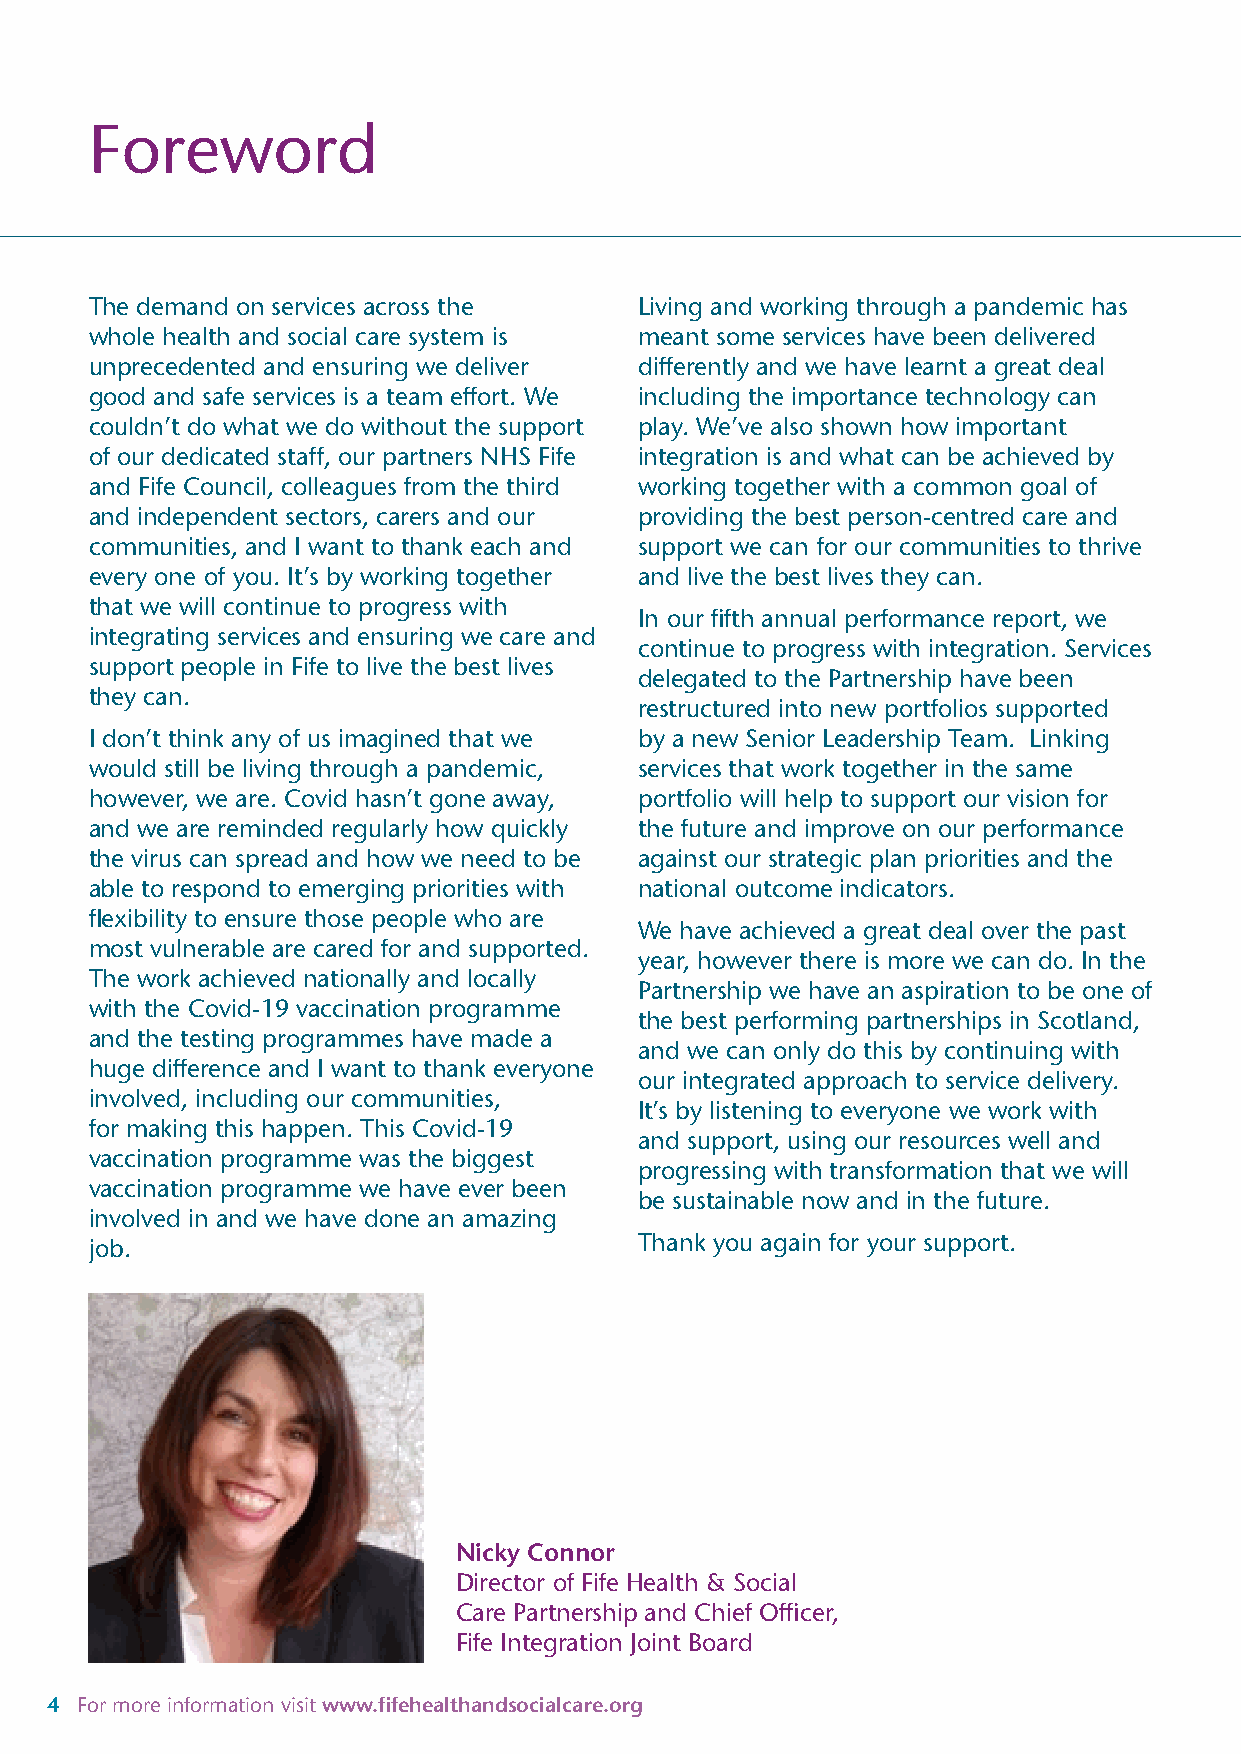
Foreword
 The demand on services across the   Living and working through a pandemic has
 whole health and social care system is meant some services have been delivered
 unprecedented and ensuring we deliver differently and we have learnt a great deal
 good and safe services is a team effort. We including the importance technology can
 couldn’t do what we do without the support play. We’ve also shown how important
 of our dedicated staff, our partners NHS Fife integration is and what can be achieved by
 and Fife Council, colleagues from the third working together with a common goal of
 and independent sectors, carers and our providing the best person-centred care and
 communities, and I want to thank each and support we can for our communities to thrive
 every one of you. It’s by working together and live the best lives they can.
 that we will continue to progress with
 In our fifth annual performance report, we
 integrating services and ensuring we care and
 continue to progress with integration. Services
 support people in Fife to live the best lives
 delegated to the Partnership have been
 they can.
 restructured into new portfolios supported
 I don’t think any of us imagined that we by a new Senior Leadership Team. Linking
 would still be living through a pandemic, services that work together in the same
 however, we are. Covid hasn’t gone away, portfolio will help to support our vision for
 and we are reminded regularly how quickly the future and improve on our performance
 the virus can spread and how we need to be against our strategic plan priorities and the
 able to respond to emerging priorities with national outcome indicators.
 flexibility to ensure those people who are
 We have achieved a great deal over the past
 most vulnerable are cared for and supported.
 year, however there is more we can do. In the
 The work achieved nationally and locally
 Partnership we have an aspiration to be one of
 with the Covid-19 vaccination programme
 the best performing partnerships in Scotland,
 and the testing programmes have made a
 and we can only do this by continuing with
 huge difference and I want to thank everyone
 our integrated approach to service delivery.
 involved, including our communities,
 It’s by listening to everyone we work with
 for making this happen. This Covid-19
 and support, using our resources well and
 vaccination programme was the biggest
 progressing with transformation that we will
 vaccination programme we have ever been
 be sustainable now and in the future.
 involved in and we have done an amazing
 Thank you again for your support.
 job.
 Nicky Connor
 Director of Fife Health & Social
 Care Partnership and Chief Officer,
 Fife Integration Joint Board
 4 For more information visit www.fifehealthandsocialcare.org